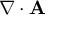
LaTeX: \nabla \cdot \mathbf { A }